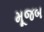
મૂજબ